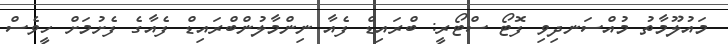
މައުލޫމާތު މުއްސަނދިވި ފޮޓޯ ސްޓޯރީ: ބްރައިޑް ފެއާ ނިންމާލުންބްރައިޑް ފެއާގެ ފެށުމަށް ހީވެސް